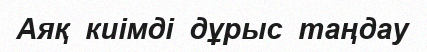
Аяқ  киімді  дұрыс  таңдау